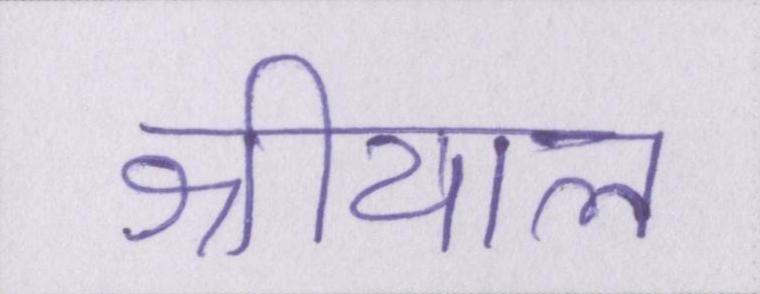
श्रीयाल